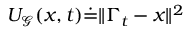
{ U _ { \mathcal { G } } ( x , t ) \dot { = } \| \Gamma _ { t } - x \| ^ { 2 } }